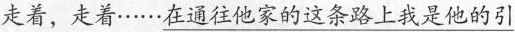
走着，走着……在通往他家的这条路上我是他的引